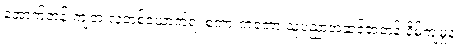
အောက်တန်းကျတဲ့ လူတစ်ယောက်ရဲ့ စကားကတော့ သူ့ပညာအဆင့်အတန်းနိမ့်ကျမှုနဲ့